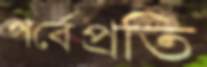
পর্বেপ্রতি